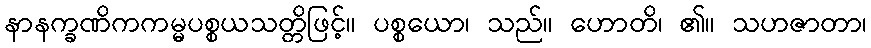
နာနက္ခဏိကကမ္မပစ္စယသတ္တိဖြင့်။ ပစ္စယော၊ သည်။ ဟောတိ၊ ၏။ သဟဇာတာ၊